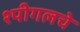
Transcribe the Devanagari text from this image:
श्पीगलचे